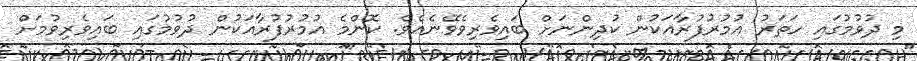
މި ދުވުމުގައި ހަތަރު އުމުރުފުރާއަކުން ކުދިންނަށް ބައިވެރިވެވޭނެއެވެ. ކޮންމެ އުމުރުފުރާއަކުން ދުވުމުގައި ބައިވެރިވުމަށް